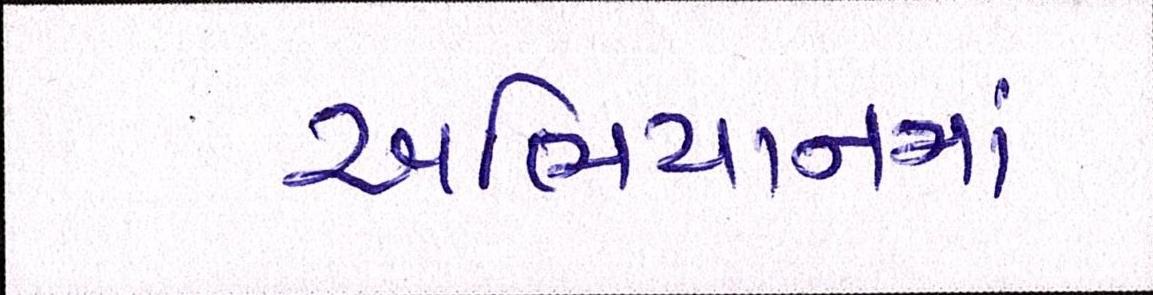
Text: અભિયાનમાં